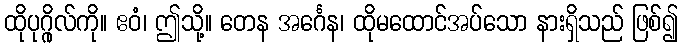
ထိုပုဂ္ဂိုလ်ကို။ ဧဝံ၊ ဤသို့။ တေန အင်္ဂေန၊ ထိုမထောင်အပ်သော နားရှိသည် ဖြစ်၍